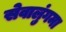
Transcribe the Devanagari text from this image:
सेवालुंगमा